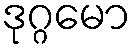
ဒုဂ္ဂမော